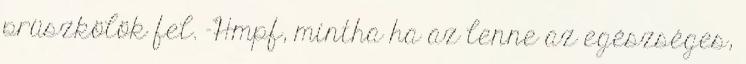
prüszkölök fel. -Hmpf, mintha ha az lenne az egészséges,